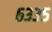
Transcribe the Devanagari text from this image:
६३३५